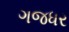
ગજધર